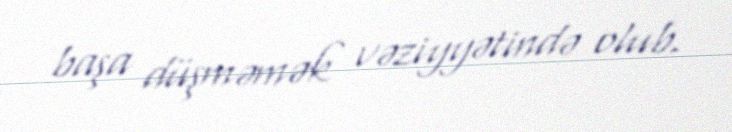
başa düşməmək vəziyyətində olub.